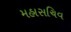
મહાસચિવ